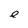
Character: e